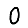
Digit: 0